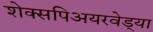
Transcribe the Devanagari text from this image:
शेक्सपिअयरवेड्या